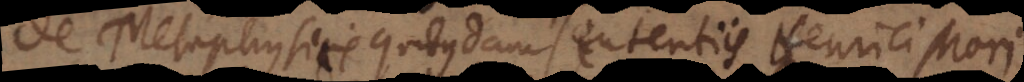
De Metaphysicis quibusdam sententiis Henrici Mori